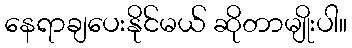
နေရာချပေးနိုင်မယ် ဆိုတာမျိုးပါ။